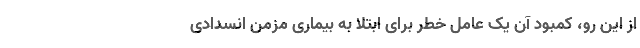
از این رو، کمبود آن یک عامل خطر برای ابتلا به بیماری مزمن انسدادی